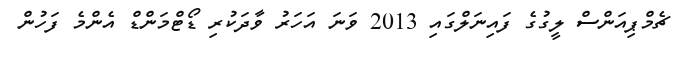
ޗެމްޕިއަންސް ލީގުގެ ފައިނަލްގައި 2013 ވަނަ އަހަރު ވާދަކުރި ޑޯޓްމަންޑް އެންމެ ފަހުން